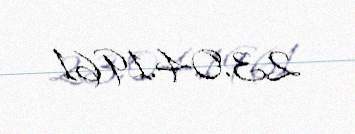
23.04.1961